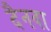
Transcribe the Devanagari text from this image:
दैनवा